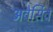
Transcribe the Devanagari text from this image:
अवेर्सिव